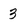
Character: 3